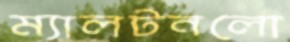
ম্যালটনলো